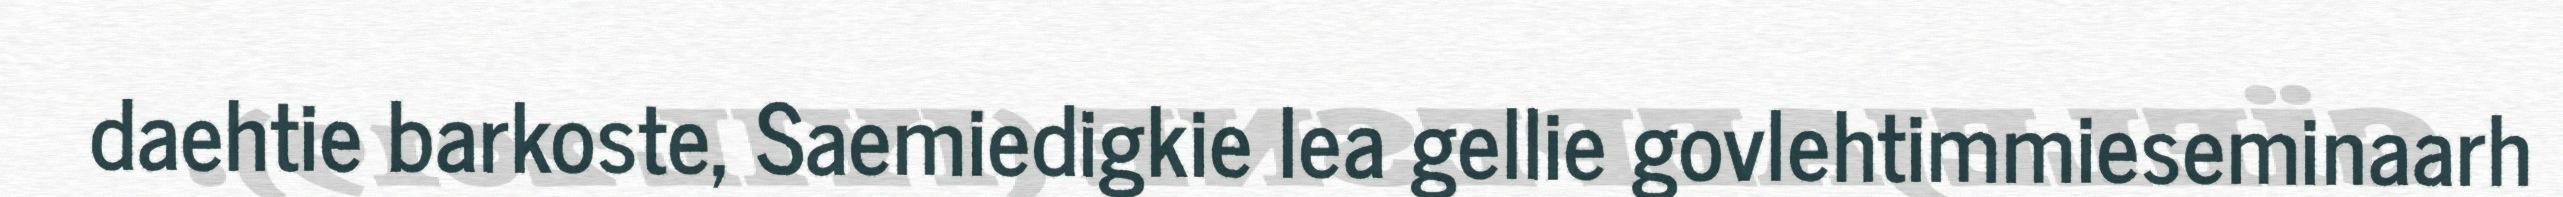
daehtie barkoste, Saemiedigkie lea gellie govlehtimmieseminaarh